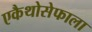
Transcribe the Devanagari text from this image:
एकैथोसेफाला